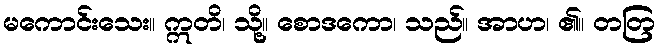
မကောင်းသေး။ ဣတိ၊ သို့။ စောဒကော၊ သည်။ အာဟ၊ ၏။ တတြ